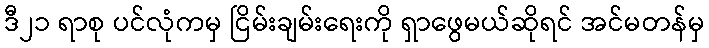
ဒီ၂၁ ရာစု ပင်လုံကမှ ငြိမ်းချမ်းရေးကို ရှာဖွေမယ်ဆိုရင် အင်မတန်မှ